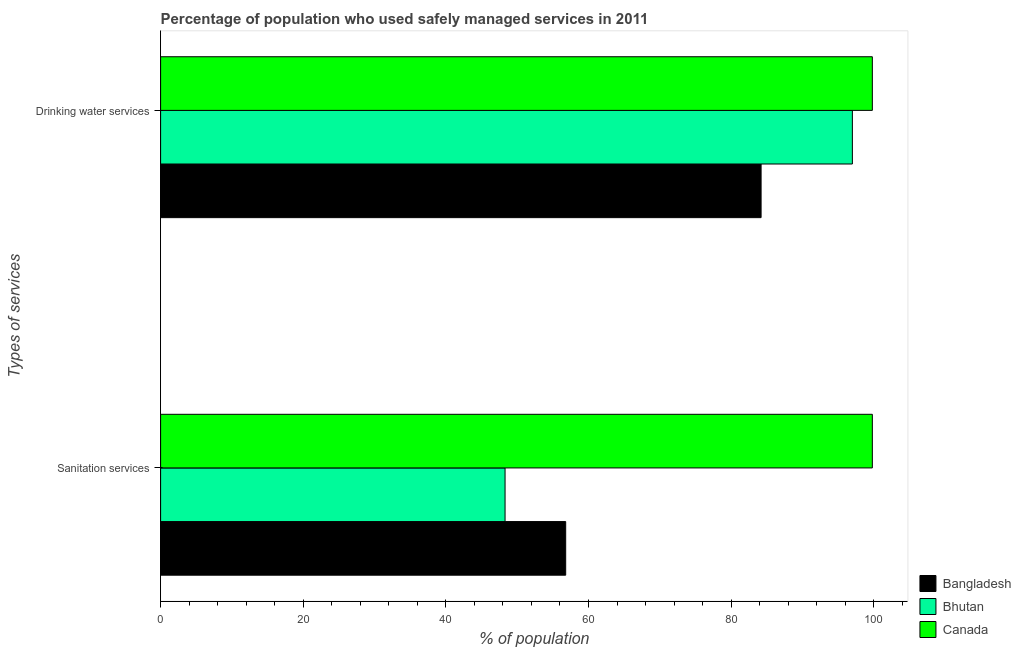
| Types of services | Bangladesh | Bhutan | Canada |
 | --- | --- | --- | --- |
 | Sanitation services | 56.8 | 48.3 | 99.8 |
 | Drinking water services | 84.2 | 97 | 99.8 |